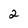
Character: 2